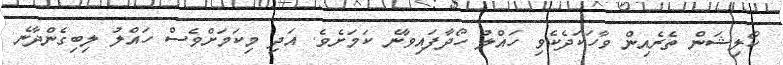
ކޯލިޝަން ތެރެއިން ވާހަކަދެކެވި ހައްލު ހޯދާފައިވާނެ ކަމަށެވެ. އަދި މިކަމަށްވެސް ހައްލު ލިބިގެންދާނެ